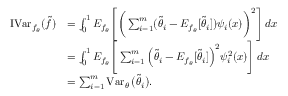
\begin{array} { r l } { \operatorname { I V a r } _ { f _ { \theta } } ( \widetilde f ) } & { = \int _ { 0 } ^ { 1 } E _ { f _ { \theta } } \Bigg [ \bigg ( \sum _ { i = 1 } ^ { m } ( \widetilde \theta _ { i } - E _ { f _ { \theta } } [ \widetilde \theta _ { i } ] ) \psi _ { i } ( x ) \bigg ) ^ { 2 } \Bigg ] \, d x } \\ & { = \int _ { 0 } ^ { 1 } E _ { f _ { \theta } } \Bigg [ \sum _ { i = 1 } ^ { m } \Big ( \widetilde \theta _ { i } - E _ { f _ { \theta } } [ \widetilde \theta _ { i } ] \Big ) ^ { 2 } \psi _ { i } ^ { 2 } ( x ) \Bigg ] \, d x } \\ & { = \sum _ { i = 1 } ^ { m } \operatorname { V a r } _ { \theta } \big ( \widetilde \theta _ { i } \big ) . } \end{array}